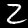
Label: 2